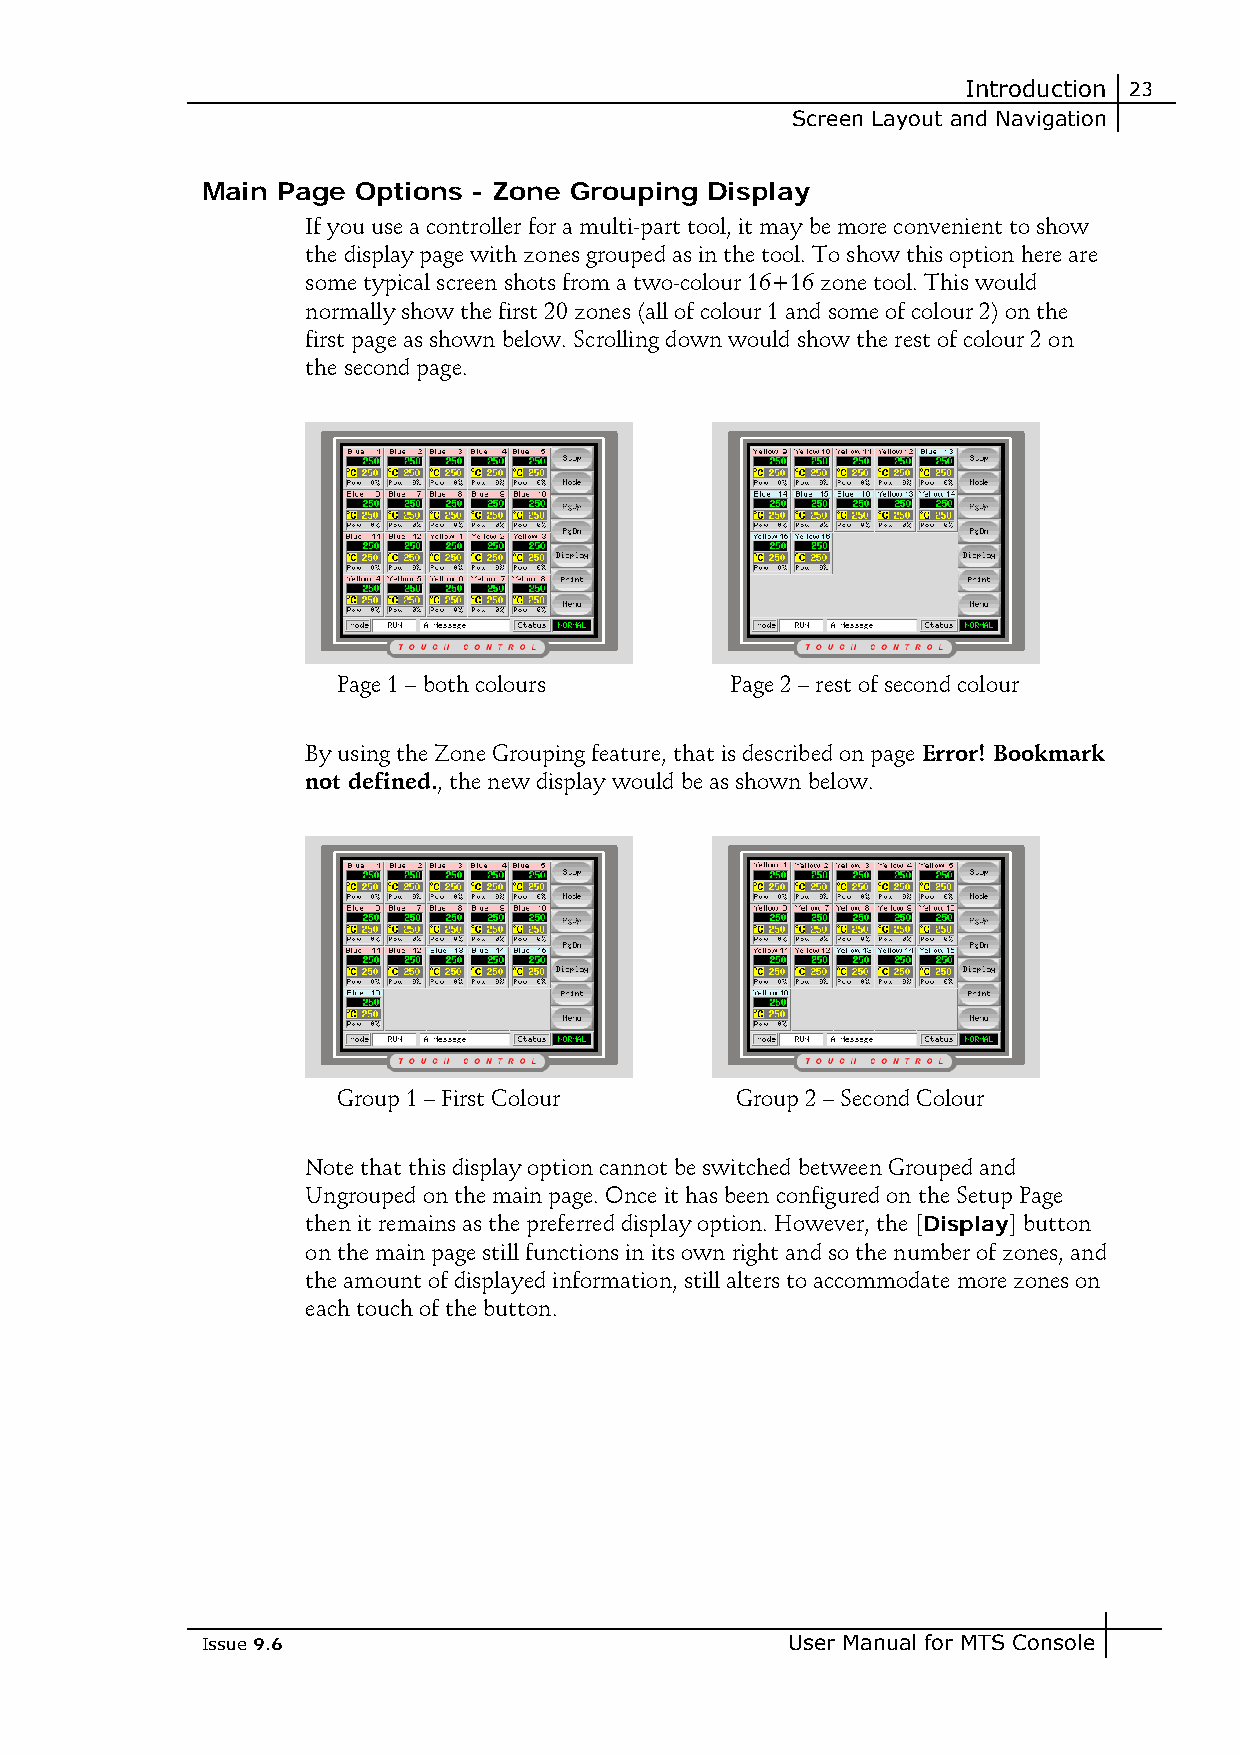
Introduction 23
 Screen Layout and Navigation
 Main Page Options - Zone Grouping Display
 If you use a controller for a multi-part tool, it may be more convenient to show
 the display page with zones grouped as in the tool. To show this option here are
 some typical screen shots from a two-colour 16+16 zone tool. This would
 normally show the first 20 zones (all of colour 1 and some of colour 2) on the
 first page as shown below. Scrolling down would show the rest of colour 2 on
 the second page.
 Page 1 – both colours     Page 2 – rest of second colour
 By using the Zone Grouping feature, that is described on page Error! Bookmark
 not defined., the new display would be as shown below.
 Group 1 – First Colour     Group 2 – Second Colour
 Note that this display option cannot be switched between Grouped and
 Ungrouped on the main page. Once it has been configured on the Setup Page
 then it remains as the preferred display option. However, the [Display] button
 on the main page still functions in its own right and so the number of zones, and
 the amount of displayed information, still alters to accommodate more zones on
 each touch of the button.
 Issue 9.6                              User Manual for MTS Console